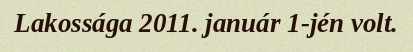
Lakossága 2011. január 1-jén volt.